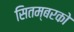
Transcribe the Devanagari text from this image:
सितम्बरको